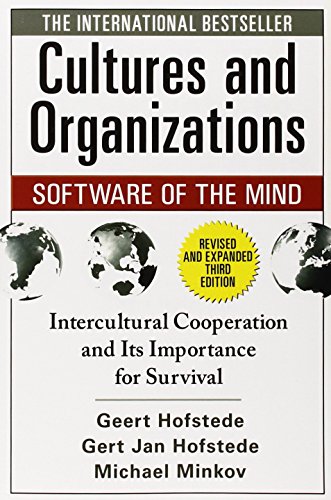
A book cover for Cultures and Organizations: Software of the Mind, Third Edition; Geert Hofstede; Business & Money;